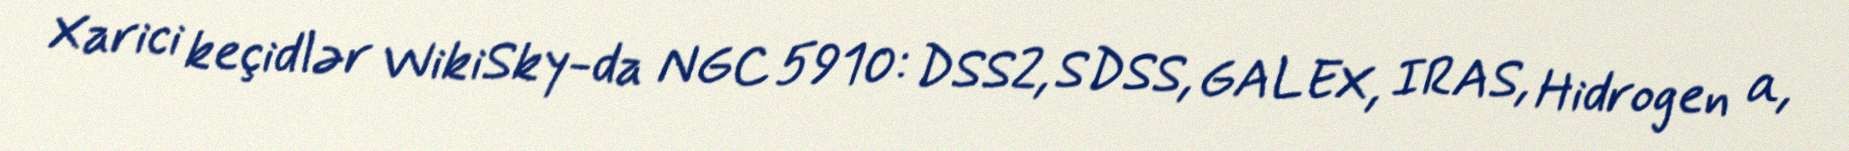
Xarici keçidlər WikiSky-da NGC 5910: DSS2, SDSS, GALEX, IRAS, Hidrogen α,